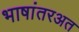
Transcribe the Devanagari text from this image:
भाषांतरअत